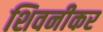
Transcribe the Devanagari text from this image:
शिवनीकर